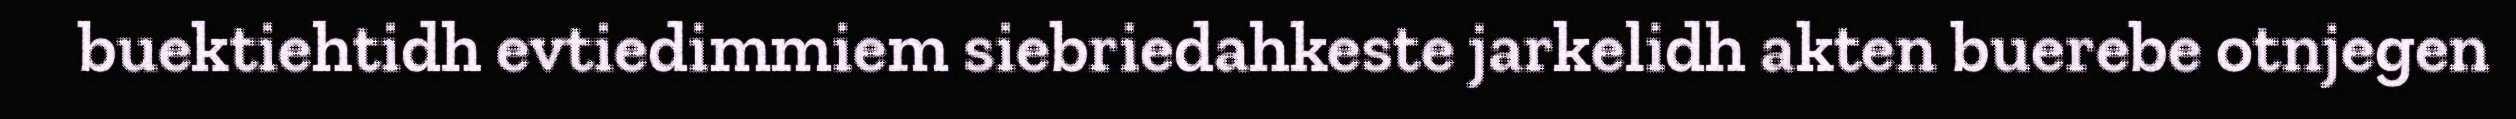
buektiehtidh evtiedimmiem siebriedahkeste jarkelidh akten buerebe otnjegen